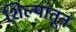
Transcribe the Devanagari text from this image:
शिल्पातून